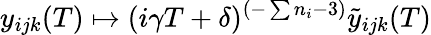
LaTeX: y_{ijk}(T)\mapsto(i\gamma T+\delta)^{(-\sum n_{i}-3)}\tilde{y}_{ijk}(T)